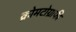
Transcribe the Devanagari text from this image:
क्रोमटोग्राफी